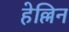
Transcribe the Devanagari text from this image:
हेल्लिन